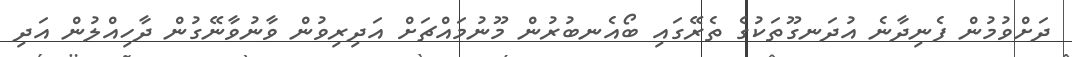
ދަށްވުމުން ފެނިދާނެ އުދަނގޫތަކުގެ ތެރޭގައި ބޯއެނބުރުން މޫނުމައްޗަށް އަދިރިވުން ވާނުވާނޭގުން ދާހިއްލުން އަދި